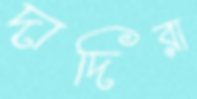
দাদিরা